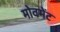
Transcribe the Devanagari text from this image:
मोवमेंट